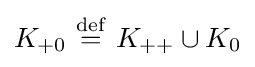
K_{+0}\ {\stackrel {\mathrm {def} }{=}}\ K_{++}\cup K_{0}